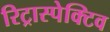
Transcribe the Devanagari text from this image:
रिट्रास्पेक्टिव